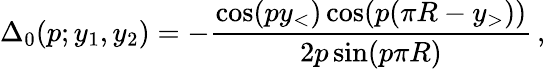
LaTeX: \Delta_{0}(p;y_{1},y_{2})=-\frac{\cos(py_{<})\cos(p(\pi R-y_{>}))}{2p\sin(p\pi R)}\, ,